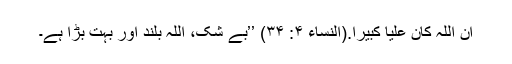
اِنَّ اللّٰہَ کَانَ عَلِیًّا کَبِیْرًا.(النساء ۴: ۳۴) ’’بے شک، اللہ بلند اور بہت بڑا ہے۔